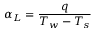
\alpha _ { L } = \frac { q } { T _ { w } - T _ { s } }